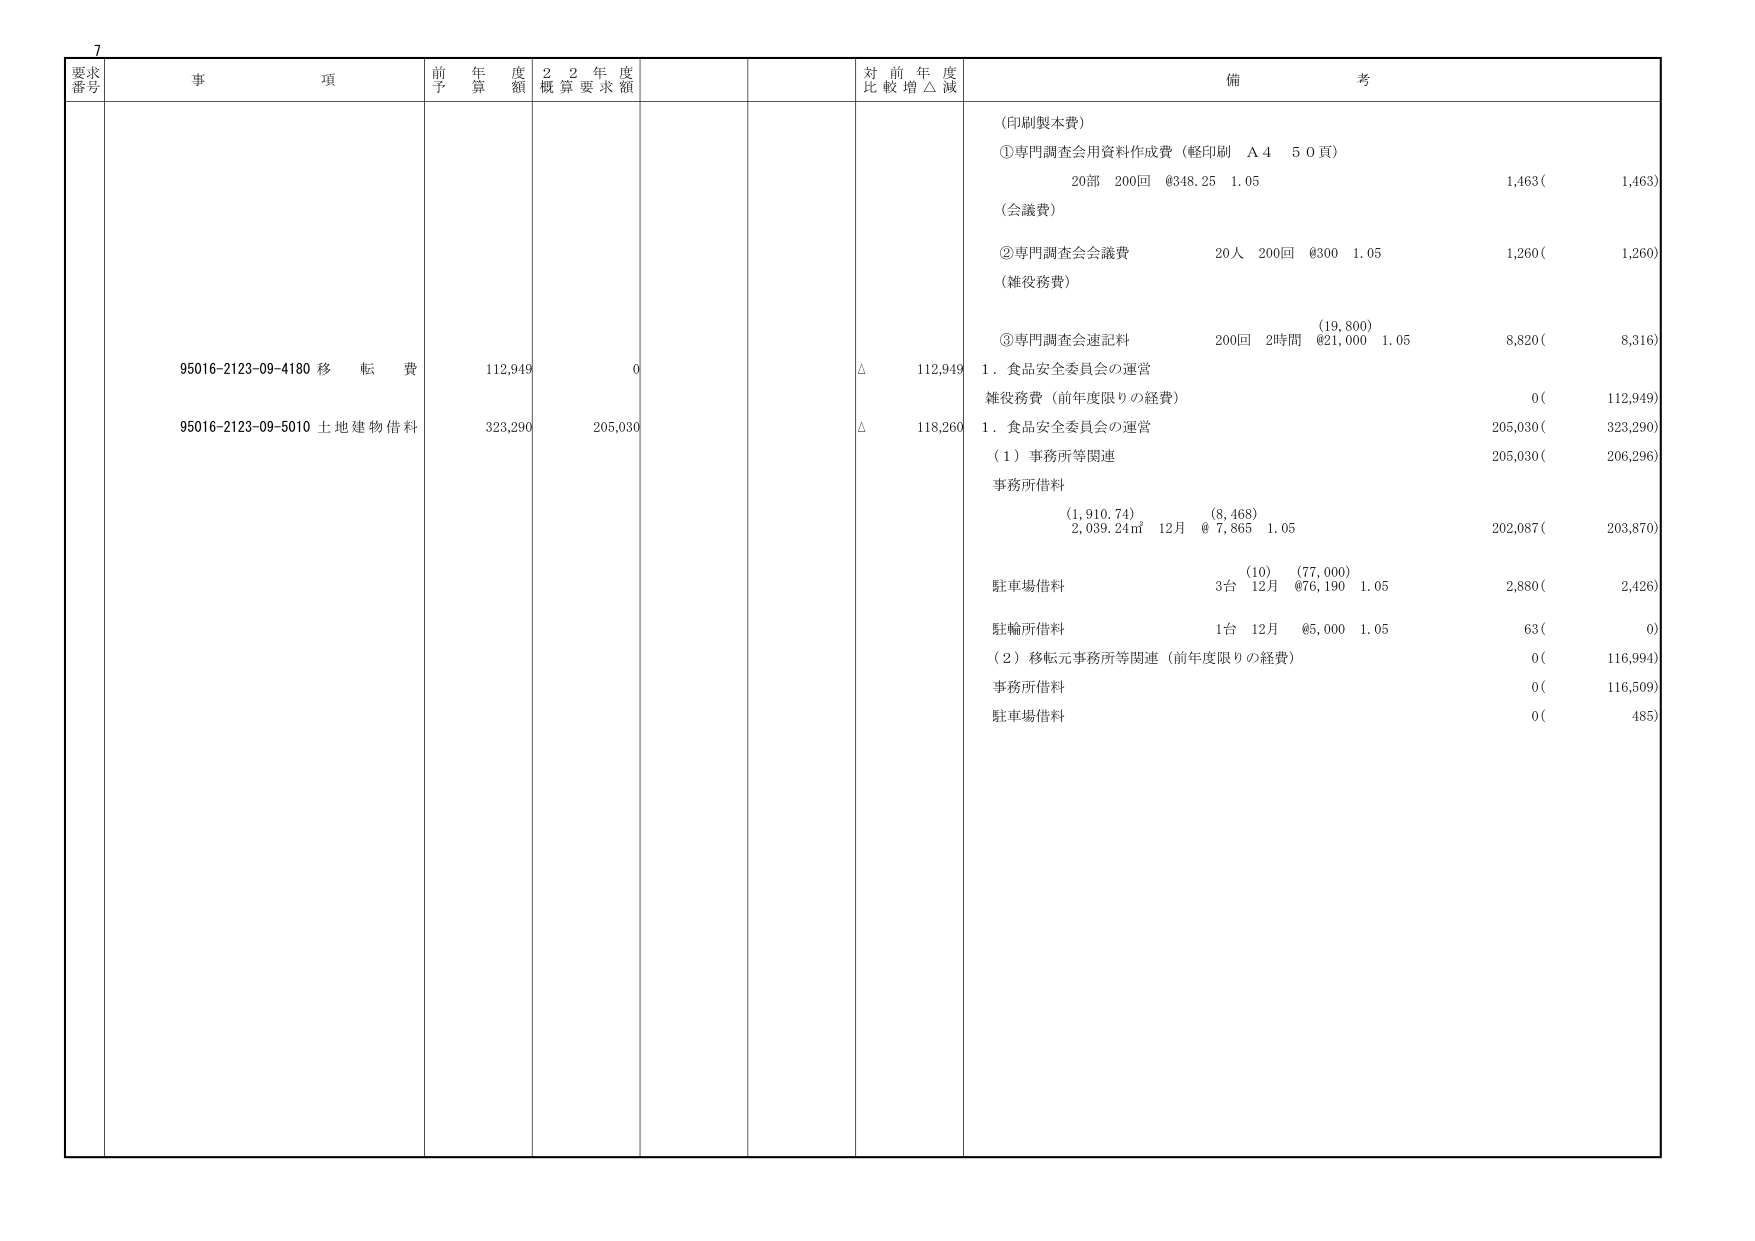
7
要求
番号
事 項
前 年 度
予 算 額
2 2 年 度
概 算 要 求 額
対 前 年 度
比 較 増 △ 減
備 考
95016-2123-09-4180 移 転 費
112,949
0
△
112,949
(印刷製本費)
①専門調査会用資料作成費（軽印刷 A4 50頁）
20部 200回 @348.25 1.05
1,463(
1,463)
(会議費)
②専門調査会会議費
20人 200回 @300 1.05
1,260(
1,260)
(雑役務費)
③専門調査会速記料
200回 2時間 @21,000 1.05
8,820(
8,316)
1．食品安全委員会の運営
雑役務費（前年度限りの経費）
0(
112,949)
95016-2123-09-5010 土地建物借料
323,290
205,030
△
118,260
1．食品安全委員会の運営
(1) 事務所等関連
205,030(
323,290)
事務所借料
205,030(
206,296)
(1,910.74)
(8,468)
2,039.24㎡ 12月 @7,865 1.05
202,087(
203,870)
駐車場借料
(10)
(77,000)
3台 12月 @76,190 1.05
2,880(
2,426)
駐輪所借料
1台 12月 @5,000 1.05
63(
0)
(2) 移転元事務所等関連（前年度限りの経費）
0(
116,994)
事務所借料
0(
116,509)
駐車場借料
0(
485)